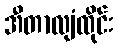
အီတာလျံထိုင်း